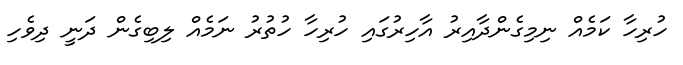
ހުރިހާ ކަމެއް ނިމިގެންދާއިރު އާހިރުގައި ހުރިހާ ހުތުުރު ނަމެއް ލިބިގެން ދަނީ ދިވެހި